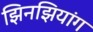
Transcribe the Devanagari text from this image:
झिनझियांग